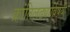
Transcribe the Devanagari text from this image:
क्रांतिलढ्याविषयी